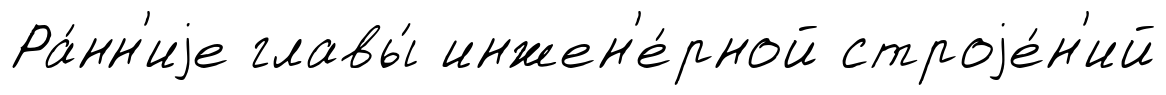
Ра́нн'иjе главы́ инжен'е́рной строjе́н'ий